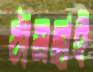
ঠামছাই